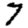
Digit: 7